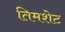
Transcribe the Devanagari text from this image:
तिमशेट